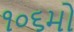
૧૦૬મો